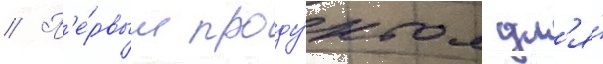
// П'е́рвым проду́ктом дл'я́